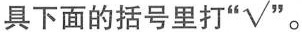
具下面的括号里打“√”。